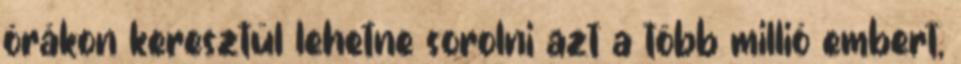
órákon keresztül lehetne sorolni azt a több millió embert,